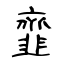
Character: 韲